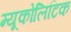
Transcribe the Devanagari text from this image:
म्यूकोलिटिक